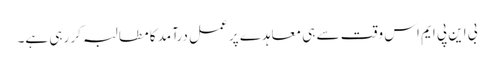
بی این پی ایم اس وقت سے ہی معاہدے پر عمل درآمد کا مطالبہ کر رہی ہے۔